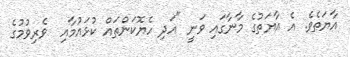
އާޔަތެވެ. އެ އާޔަތުގެ މާނާގައި ވަނީ "އަދި ހެޔޮކަންތައް ކުޅައުމާއި  ވެރިވުމުގެ